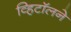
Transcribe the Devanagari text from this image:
व्हिटॉलने